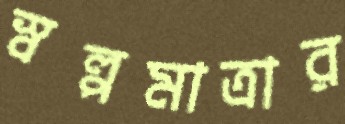
স্বল্পমাত্রার